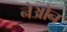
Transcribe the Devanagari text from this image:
नेओन